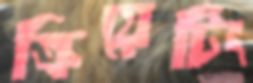
ক্রিয়েটিং